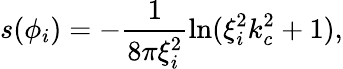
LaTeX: s(\phi_{i})=-\frac{1}{8\pi\xi_{i}^{2}}\ln(\xi_{i}^{2}k_{c}^{2}+1),